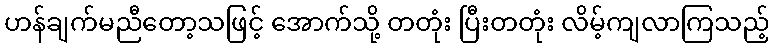
ဟန်ချက်မညီတော့သဖြင့် အောက်သို့ တတုံး ပြီးတတုံး လိမ့်ကျလာကြသည့်